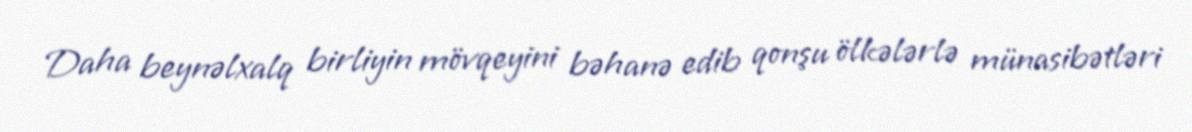
Daha beynəlxalq birliyin mövqeyini bəhanə edib qonşu ölkələrlə münasibətləri